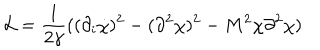
LaTeX: { \cal L } = \frac { 1 } { 2 \gamma } ( ( \partial _ { i } \dot { \chi } ) ^ { 2 } - ( \partial ^ { 2 } \chi ) ^ { 2 } - M ^ { 2 } \chi \partial ^ { 2 } \chi )